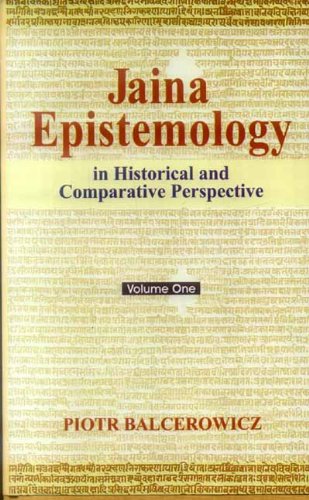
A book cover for Jaina Epistemology in Historical and Comparative Perspective (2 Vol. Set); Piotr Balcerowicz; Religion & Spirituality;